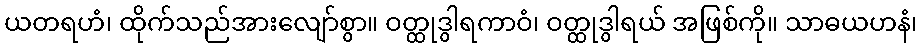
ယတရဟံ၊ ထိုက်သည်အားလျော်စွာ။ ဝတ္ထုဒွါရကာဝံ၊ ဝတ္ထုဒွါရယ် အဖြစ်ကို။ သာဓယဟနံ၊